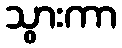
သွားကာ